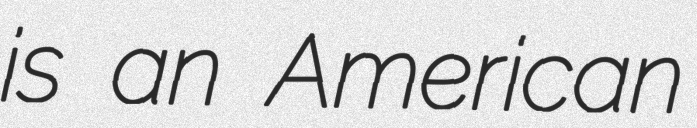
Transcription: is an American